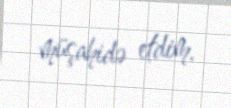
müşahidə etdim.